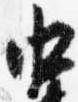
中